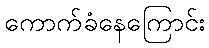
ကောက်ခံနေကြောင်း